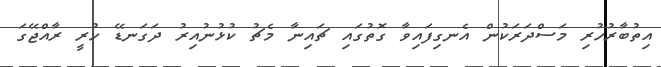
އިތުބާރުހުރި މަސްދަރަކުން އެނގިފައިވާ ގޮތުގައި ޗައިނާ މެޗު ކުޅުނުއިރު ދަގަނޑޭ ހުރީ ރާއްޖޭގަ